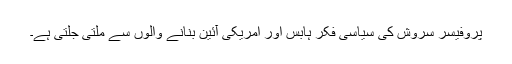
پروفیسر سروش کی سیاسی فکر ہابس اور امریکی آئین بنانے والوں سے ملتی جلتی ہے۔